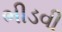
ભીડવી